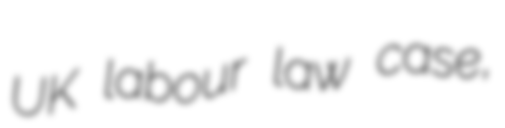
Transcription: UK labour law case,